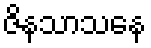
ဇိနသာသနေ